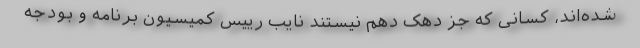
شده‌اند، کسانی که جز دهک دهم نیستند نایب رییس کمیسیون برنامه و بودجه